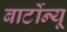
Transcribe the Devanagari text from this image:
बार्टोन्यू